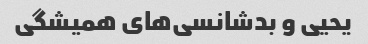
یحیی و بدشانسی‌های همیشگی